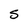
Character: S